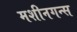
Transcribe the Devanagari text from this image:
मशीनगन्स